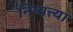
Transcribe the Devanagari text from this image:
निष्पत्त्या